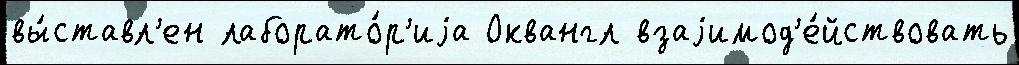
вы́ставл'ен лаборато́р'иjа Оквангл взаjимод'е́йствовать